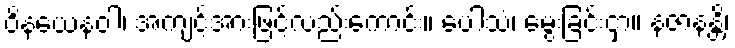
ဝိနယေနဝါ၊ အကျင့်အားဖြင့်လည်းကောင်း။ ပေါသံ၊ မွေးခြင်းငှာ။ နဇာနန္တိ၊